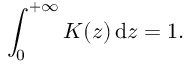
\int _ { 0 } ^ { + \infty } K ( z ) \mathop { } \! \mathrm { d } z = 1 .